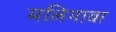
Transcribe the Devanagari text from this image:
मलिगावा